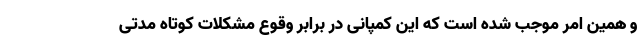
و همین امر موجب شده است که این کمپانی در برابر وقوع مشکلات کوتاه مدتی